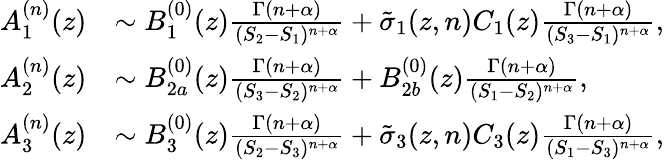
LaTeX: \begin{array}{rl}{A_{1}^{(n)}(z)}&{\sim B_{1}^{(0)}(z)\frac{\Gamma(n+\alpha)}{(S_{2}-S_{1})^{n+\alpha}}+\tilde{\sigma}_{1}(z,n)C_{1}(z)\frac{\Gamma(n+\alpha)}{(S_{3}-S_{1})^{n+\alpha}},}\\ {A_{2}^{(n)}(z)}&{\sim B_{2a}^{(0)}(z)\frac{\Gamma(n+\alpha)}{(S_{3}-S_{2})^{n+\alpha}}+B_{2b}^{(0)}(z)\frac{\Gamma(n+\alpha)}{(S_{1}-S_{2})^{n+\alpha}},}\\ {A_{3}^{(n)}(z)}&{\sim B_{3}^{(0)}(z)\frac{\Gamma(n+\alpha)}{(S_{2}-S_{3})^{n+\alpha}}+\tilde{\sigma}_{3}(z,n)C_{3}(z)\frac{\Gamma(n+\alpha)}{(S_{1}-S_{3})^{n+\alpha}},}\end{array}